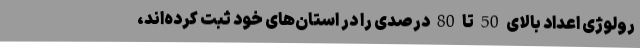
رولوژی اعداد بالای 50 تا 80 درصدی را در استان‌های خود ثبت کرده‌اند،